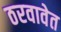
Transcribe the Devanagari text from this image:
ठरवावेत